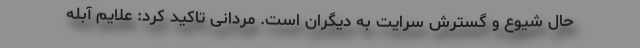
حال شیوع و گسترش سرایت به دیگران است. مردانی تاکید کرد: علایم آبله